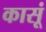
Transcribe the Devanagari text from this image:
कासूं